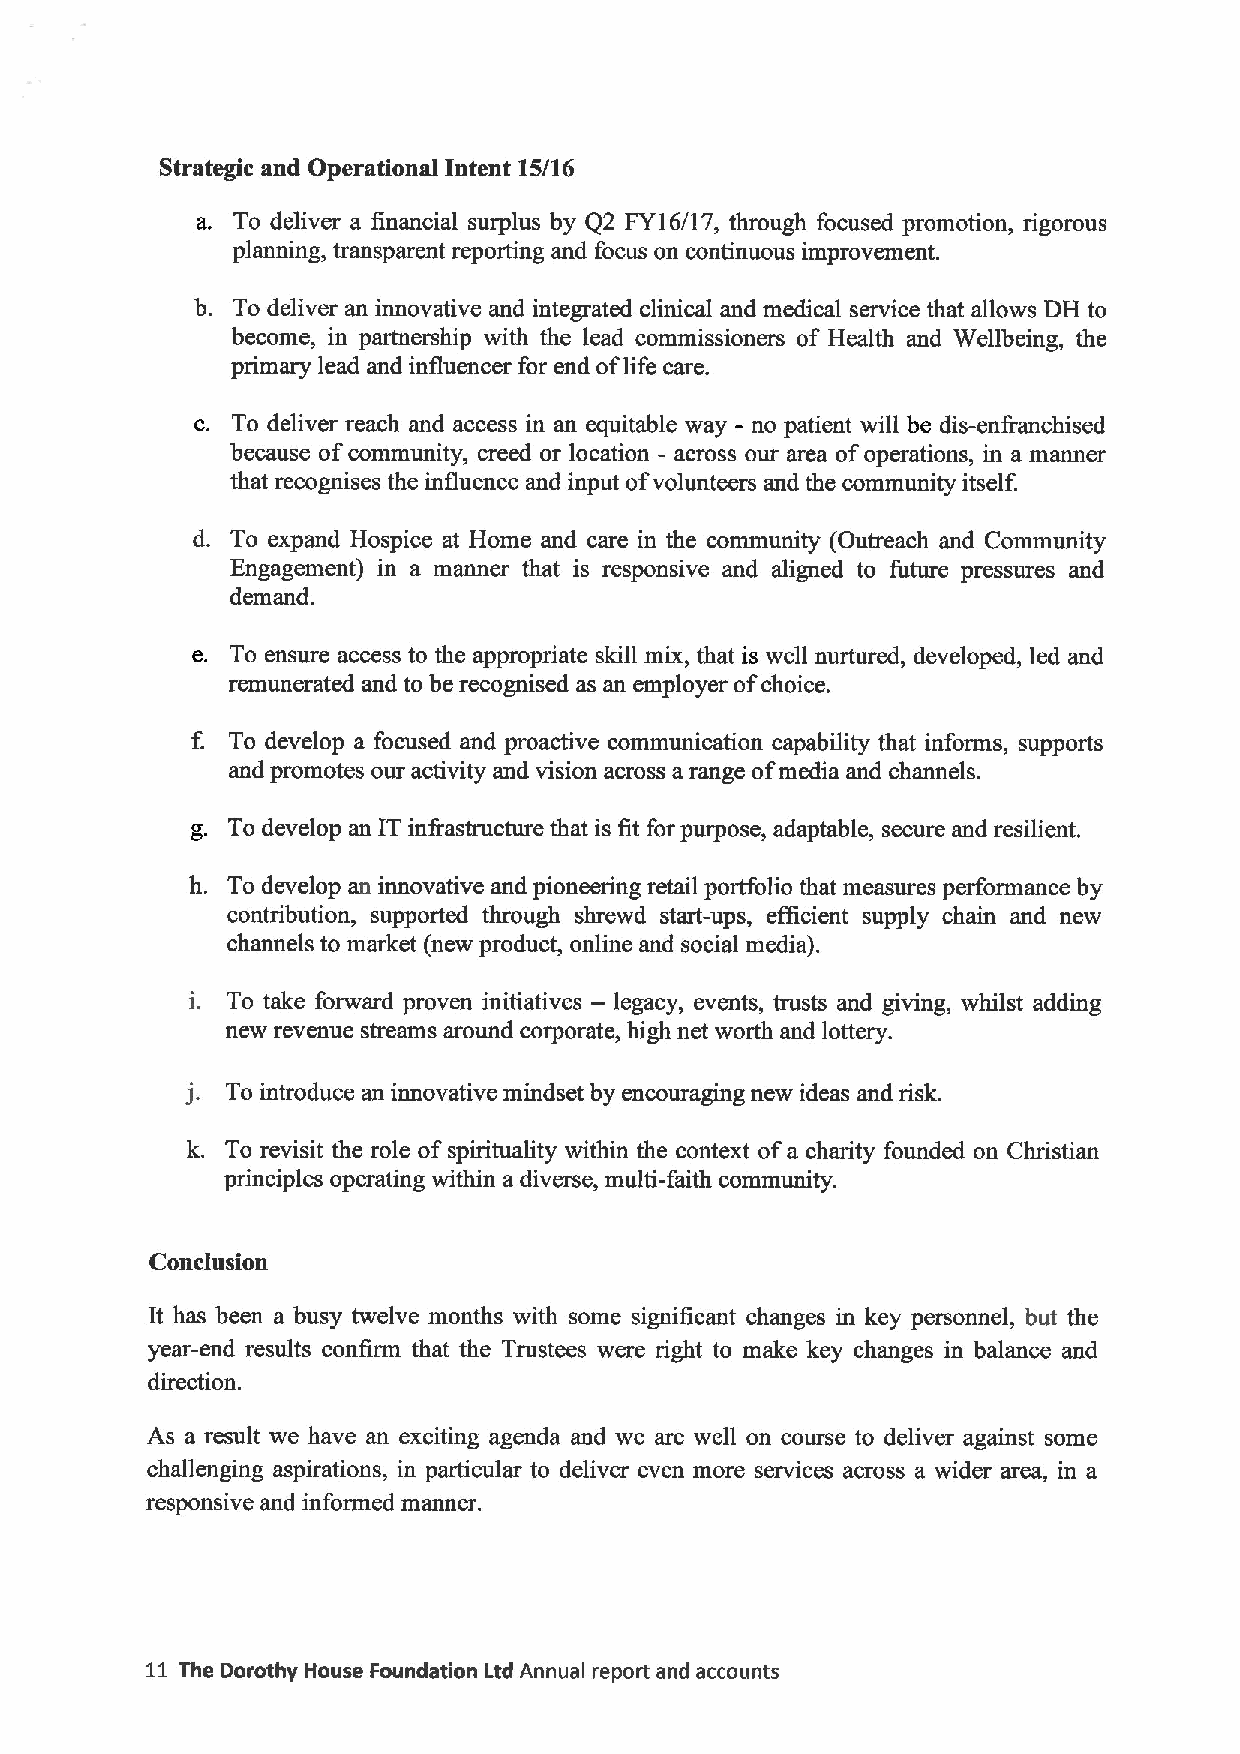
Strategic and Operational Intent 15/16
 a. To deliver a financial surplus by Q2 FY16/17, through focused promotion, rigorous
 planning, transparent reporting and focus on continuous improvement.
 b. To deliver an innovative and integrated clinical and medical service that allows DH to
 become, in partnership with the lead commissioners of Health and Wellbeing, the
 primary lead and influencer for end oflife care.
 c. To deliver reach and access in an equitable way - no patient will be dis-enfranchised
 because ofcommunity, creed or location —across our area ofoperations, in a manner
 that recognises the influence and input ofvolunteers and the community itself.
 d. To expand Hospice at Home and care in the community (Outreach and Community
 Engagement) in a manner that is responsive and aligned to future pressures and
 demand.
 e. To ensure access to the appropriate skill mix, that is well nurtured, developed, led and
 remunerated and to be recognised as an employer ofchoice.
 f. To develop a focused and proactive communication capability that informs, supports
 and promotes our activity and vision across a range ofmedia and channels.
 g. To develop an ITinfrastructure that is fit for purpose, adaptable, secure and resilient.
 h. To develop an innovative and pioneering retail portfolio that measures performance by
 contribution, supported through shrewd start-ups, efticient supply chain and new
 channels to market (new product, online and social media).
 i. To take forward proven initiatives — legacy, events, trusts and giving, whilst adding
 new revenue streams around corporate, high net worth and lottery.
 j.
 To introduce an innovative mindset by encouraging new ideas and risk.
 k. To revisit the role of spirituality within the context ofa charity founded on Christian
 principles operating within a diverse, multi-faith community.
 Conclusion
 It has been a busy twelve months with some significant changes in key personnel, but the
 year-end results confirm that the Trustees were right to make key changes in balance and
 direction.
 As a result we have an exciting agenda and we are well on course to deliver against some
 challenging aspirations, in particular to deliver even more services across a wider area, in a
 responsive and informed manner.
 11 The Dorothy House Foundation Ltd Annual report and accounts